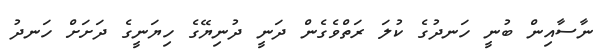
ނާސާއިން ބުނީ ހަނދުގެ ކުލަ ރަތްވެގެން ދަނީ ދުނިޔޭގެ ހިޔަނީގެ ދަށަށް ހަނދު